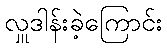
လှူဒါန်းခဲ့ကြောင်း